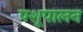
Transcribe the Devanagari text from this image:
पशूपालन